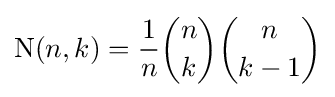
\operatorname {N} (n,k)={\frac {1}{n}}{n \choose k}{n \choose k-1}